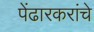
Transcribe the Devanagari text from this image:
पेंढारकरांचे